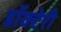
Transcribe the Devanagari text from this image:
डॉक्टेरी